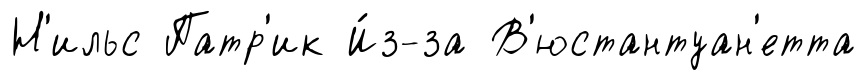
Н'ильс Патр'ик И́з-за В'юстантуан'етта